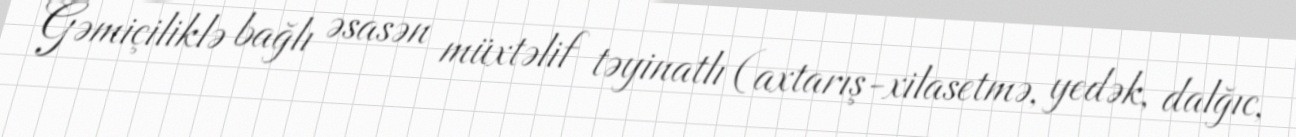
Gəmiçiliklə bağlı əsasən müxtəlif təyinatlı (axtarış-xilasetmə, yedək, dalğıc,